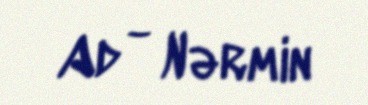
Ad - Nərmin